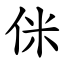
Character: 侎